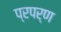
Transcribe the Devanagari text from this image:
प्रपर्ण